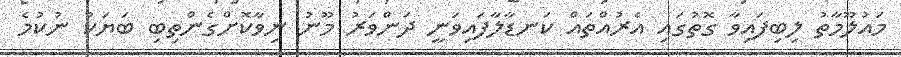
މައުލޫމާތު ލިބިފައިވާ ގޮތުގައި އެރުއްތައް ކަނޑާލާފައިވަނީ ދަންވަރު މޫނު ނިވާކޮށްގެންތިބި ބަޔަކު ނުކުމެ